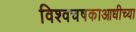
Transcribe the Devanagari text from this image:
विश्वचषकाआधीच्या